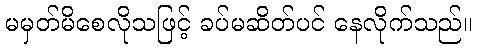
မမှတ်မိစေလိုသဖြင့် ခပ်မဆိတ်ပင် နေလိုက်သည်။